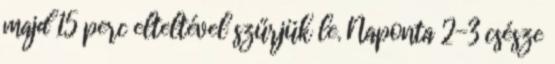
majd 15 perc elteltével szűrjük le. Naponta 2-3 csésze